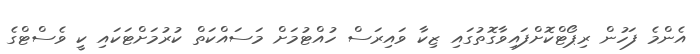
އެންމެ ފަހުން ރިޕޯޓްކޮށްފައިވާގޮތުގައި ޒިކާ ވައިރަސް ހުއްޓުމަށް މަސައްކަތް ކުރުމަށްޓަކައި ކީ ވެސްޓްގެ